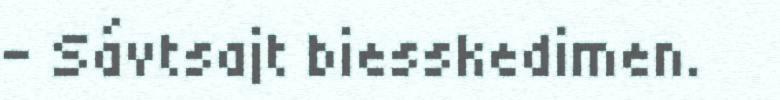
– Sávtsajt biesskedimen.